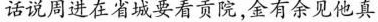
话说周进在省城要看贡院，金有余见他真